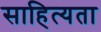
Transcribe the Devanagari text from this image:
साहित्यता